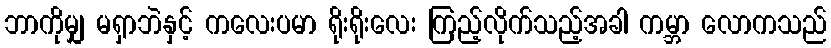
ဘာကိုမျှ မရှာဘဲနှင့် ကလေးပမာ ရိုးရိုးလေး ကြည့်လိုက်သည့်အခါ ကမ္ဘာ လောကသည်